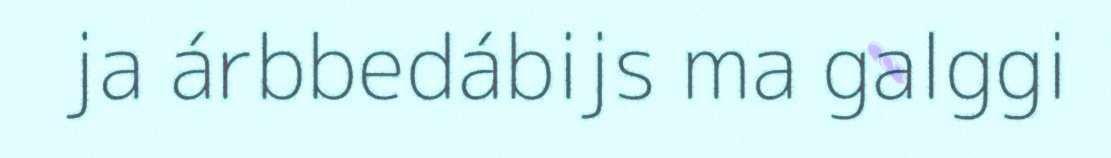
ja árbbedábijs ma galggi